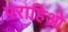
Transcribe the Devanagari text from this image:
पराहिओ